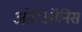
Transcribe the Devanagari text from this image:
ओरिऑनिस